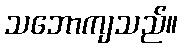
သဘောကျသည်။